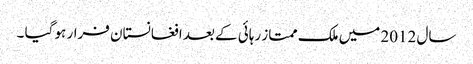
سال 2012 میں ملک ممتاز رہائی کے بعد افغانستان فرار ہو گیا ۔